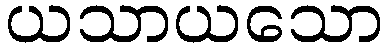
ယသာယသော